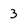
Character: 3